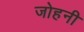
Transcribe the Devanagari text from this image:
जोहनी